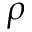
\rho